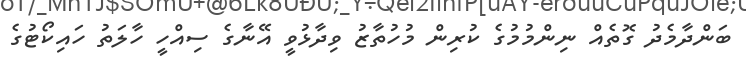
ބަންދާމެދު ގޮތެއް ނިންމުމުގެ ކުރިން މުހުތާޒު ވިދާޅުވީ އޭނާގެ ސިއްހީ ހާލަތު ހައިކޯޓުގެ